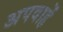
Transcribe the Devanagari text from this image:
अपवाहें